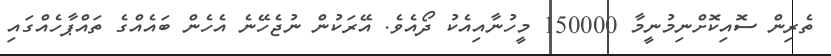
ތެރިން ސޮއިކޮށްނިމުނީމާ 150000 މީހުނާއިއެކު ދޯއެވެ. އޭރަކުން ނުޖެހޭނެ އެހެން ބައެއްގެ ތައްޕާހެއްގައި